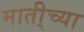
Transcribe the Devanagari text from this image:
माती्च्या